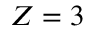
Z = 3